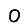
Digit: 0